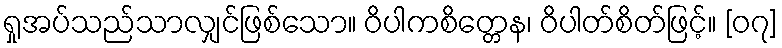
ရှုအပ်သည်သာလျှင်ဖြစ်သော။ ဝိပါကစိတ္တေန၊ ဝိပါတ်စိတ်ဖြင့်။ [၀၇]